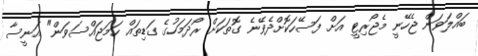
ބައްލަވަން ޖެހޭނީ މެޖޯރިޓީ އަށް ފަސޭހަކޮށްދެވޭނެ ގޮތަކަށް ރޯދަމަހުގެ ގަޑިތައް ހަމަޖައްސަވަން" އަނީސާ